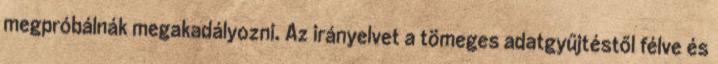
megpróbálnák megakadályozni. Az irányelvet a tömeges adatgyűjtéstől félve és